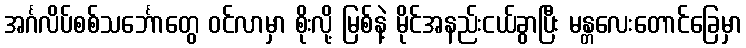
အင်္ဂလိပ်စစ်သင်္ဘောတွေ ဝင်လာမှာ စိုးလို့ မြစ်နဲ့ မိုင်အနည်းငယ်ခွာပြီး မန္တလေးတောင်ခြေမှာ